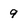
Character: 9